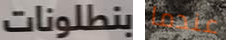
بنطلونات عندما